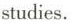
studies.